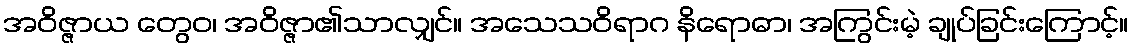
အဝိဇ္ဇာယ တွေဝ၊ အဝိဇ္ဇာ၏သာလျှင်။ အသေသဝိရာဂ နိရောဓာ၊ အကြွင်းမဲ့ ချုပ်ခြင်းကြောင့်။